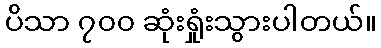
ပိသာ ၇၀၀ ဆုံးရှုံးသွားပါတယ်။